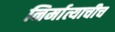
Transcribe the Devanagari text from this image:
निर्मात्याचीच